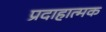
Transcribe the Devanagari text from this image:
प्रदाहात्मक